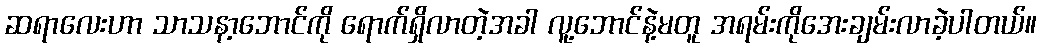
ဆရာလေးဟာ သာသနာ့ဘောင်ကို ရောက်ရှိလာတဲ့အခါ လူ့ဘောင်နဲ့မတူ အရမ်းကိုအေးချမ်းလာခဲ့ပါတယ်။